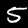
Label: 5